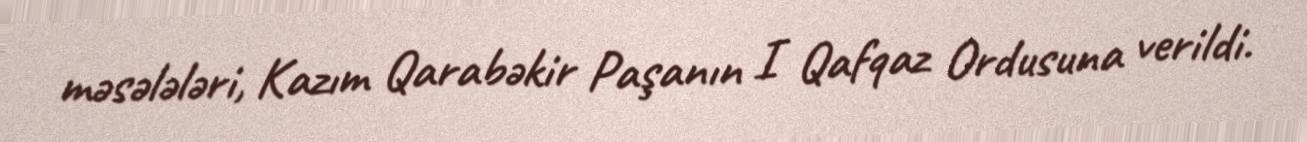
məsələləri, Kazım Qarabəkir Paşanın I Qafqaz Ordusuna verildi.